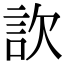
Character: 䚿